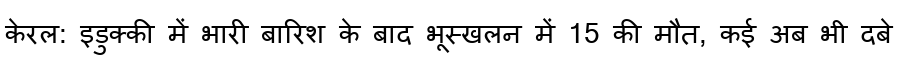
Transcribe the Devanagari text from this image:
केरल: इडुक्की में भारी बारिश के बाद भूस्खलन में 15 की मौत, कई अब भी दबे